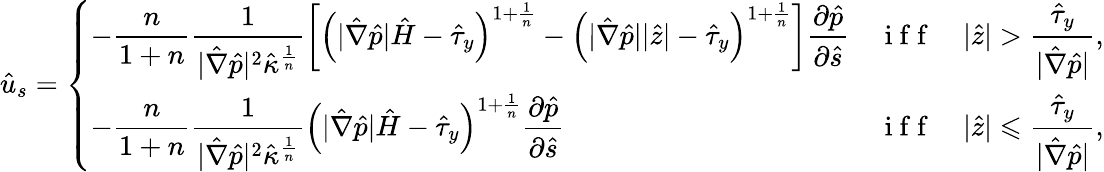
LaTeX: \hat{u}_{s}=\left\{ \begin{array}{ll}{-\displaystyle\frac{n}{1+n}\frac{1}{|\hat{\nabla}\hat{p}|^{2}\hat{\kappa}^{\frac{1}{n}}}\left[\left(|\hat{\nabla}\hat{p}|\hat{H}-\hat{\tau}_{y}\right)^{1+\frac{1}{n}}-\left(|\hat{\nabla}\hat{p}|\vert\hat{z}\vert-\hat{\tau}_{y}\right)^{1+\frac{1}{n}}\right]\frac{\partial\hat{p}}{\partial\hat{s}}}&{\mathrm{~i~f~f~}\quad\vert\hat{z}\vert>\displaystyle\frac{\hat{\tau}_{y}}{|\hat{\nabla}\hat{p}|},}\\ {\displaystyle-\frac{n}{1+n}\frac{1}{|\hat{\nabla}\hat{p}|^{2}\hat{\kappa}^{\frac{1}{n}}}\left(|\hat{\nabla}\hat{p}|\hat{H}-\hat{\tau}_{y}\right)^{1+\frac{1}{n}}\frac{\partial\hat{p}}{\partial\hat{s}}}&{\mathrm{~i~f~f~}\quad\vert\hat{z}\vert\leqslant\displaystyle\frac{\hat{\tau}_{y}}{|\hat{\nabla}\hat{p}|},}\end{array}\right.